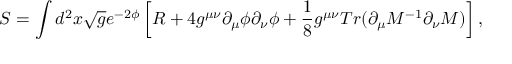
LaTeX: S = \int d ^ { 2 } x \sqrt { g } e ^ { - 2 \phi } \left[ R + 4 g ^ { \mu \nu } \partial _ { \mu } \phi \partial _ { \nu } \phi + \frac { 1 } { 8 } g ^ { \mu \nu } T r ( \partial _ { \mu } { \cal M } ^ { - 1 } \partial _ { \nu } { \cal M } ) \right] ,